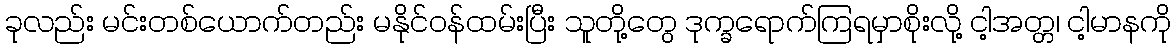
ခုလည်း မင်းတစ်ယောက်တည်း မနိုင်ဝန်ထမ်းပြီး သူတို့တွေ ဒုက္ခရောက်ကြရမှာစိုးလို့ ငါ့အတ္တ၊ ငါ့မာနကို